Senior Leaving Certificate Examination (including Day School Certificate (Higher) General paper), 1948
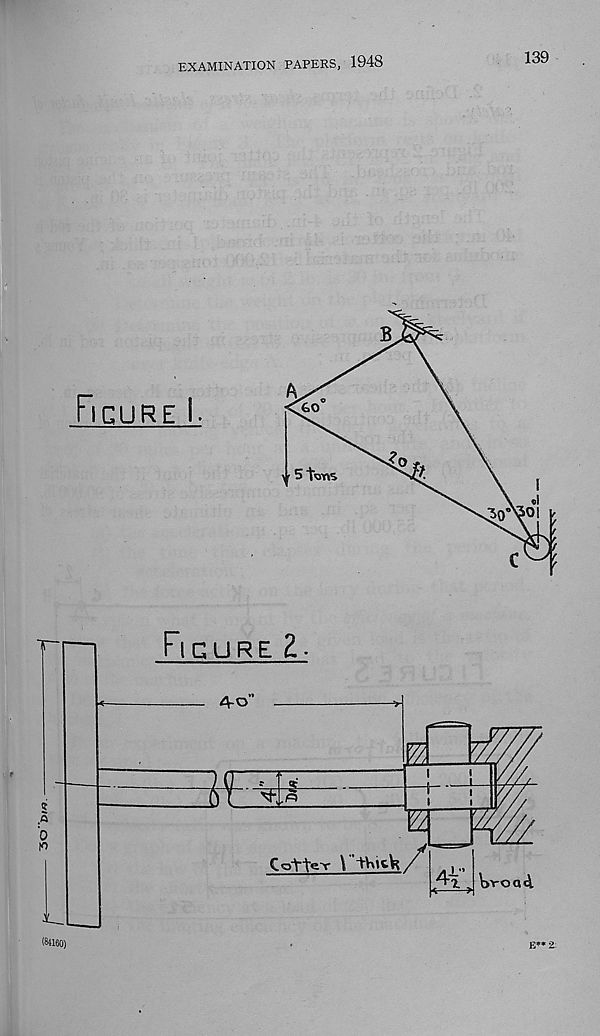
30”l>//5.
EXAMINATION PAPERS, 1948
139
Figure I.
60
5 tons
>0 Oi
(84160)
Figure 2-
4-0
FF
w
CotteT \
.4V Woq4.
E** 2